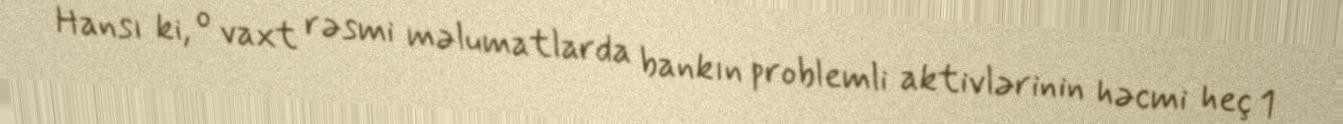
Hansı ki, o vaxt rəsmi məlumatlarda bankın problemli aktivlərinin həcmi heç 1